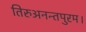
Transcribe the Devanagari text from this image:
तिरुअनन्तपुरम।